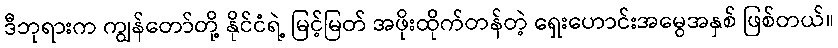
ဒီဘုရားက ကျွန်တော်တို့ နိုင်ငံရဲ့ မြင့်မြတ် အဖိုးထိုက်တန်တဲ့ ရှေးဟောင်းအမွေအနှစ် ဖြစ်တယ်။